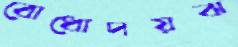
বোধোদয়ঝ